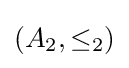
(A_{2},\leq _{2})